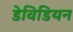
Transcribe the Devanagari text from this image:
डेविडियन